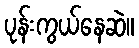
ပုန်းကွယ်နေဆဲ။